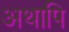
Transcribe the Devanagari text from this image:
अथापि